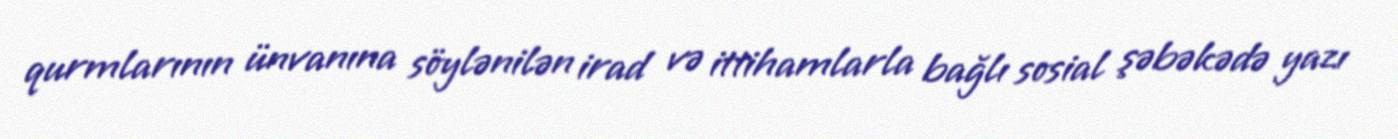
qurmlarının ünvanına söylənilən irad və ittihamlarla bağlı sosial şəbəkədə yazı